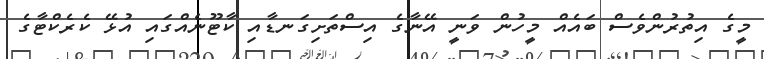
މީގެ އިތުރުންވެސް ބައެއް މީހުން ވަނީ އޭނާގެ އިސްތަށިގަނޑާއި ކާޓޫނެއްގައި އުޅޭ ކެރެކްޓާގެ